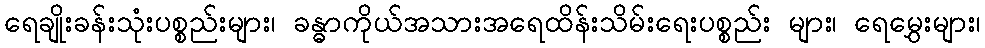
ရေချိုးခန်းသုံးပစ္စည်းများ၊ ခန္ဓာကိုယ်အသားအရေထိန်းသိမ်းရေးပစ္စည်း များ၊ ရေမွှေးများ၊